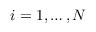
i = 1 , \ldots , N